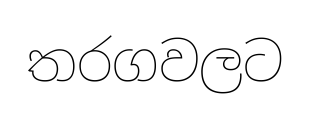
තරගවලට